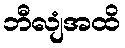
ဘီလျံအထိ